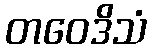
တဝေဒိသံ